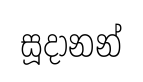
සූදානන්